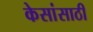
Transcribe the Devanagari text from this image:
केसांसाठी